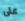
على